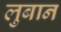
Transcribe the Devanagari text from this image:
लुबान